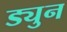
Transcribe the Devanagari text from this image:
ड्युन